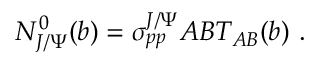
N _ { J / \Psi } ^ { 0 } ( b ) = \sigma _ { p p } ^ { J / \Psi } A B T _ { A B } ( b ) \ .